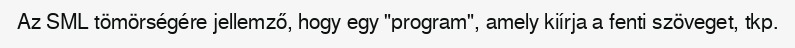
Az SML tömörségére jellemző, hogy egy "program", amely kiírja a fenti szöveget, tkp.